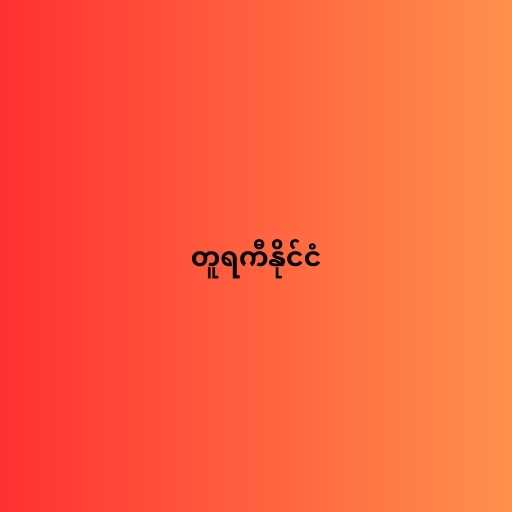
တူရကီနိုင်ငံ